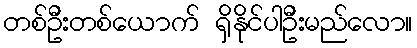
တစ်ဦးတစ်ယောက် ရှိနိုင်ပါဦးမည်လော။